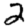
Digit: 2